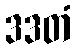
ဒဒတံ